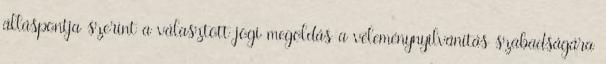
álláspontja szerint a választott jogi megoldás a véleménynyilvánítás szabadságára